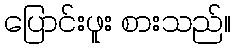
ပြောင်းဖူး စားသည်။